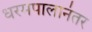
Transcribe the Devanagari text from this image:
धरमपालानंतर